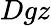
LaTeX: Dgz